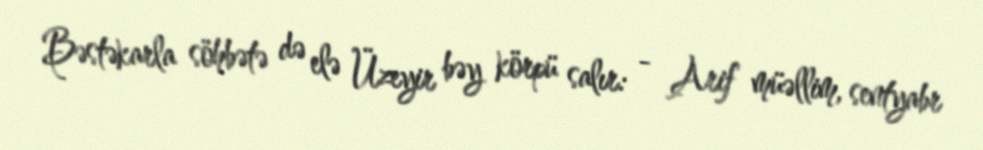
Bəstəkarla söhbətə də elə Üzeyir bəy körpü salır: - Arif müəllim, sentyabr